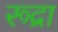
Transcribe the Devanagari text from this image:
रूद्रा